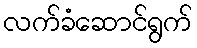
လက်ခံဆောင်ရွက်